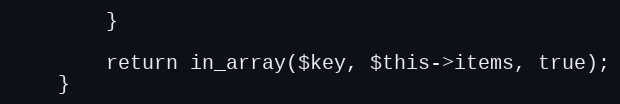
Language: PHP
        }

        return in_array($key, $this->items, true);
    }